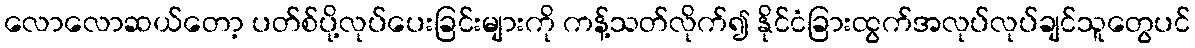
လောလောဆယ်တော့ ပတ်စ်ပို့လုပ်ပေးခြင်းများကို ကန့်သတ်လိုက်၍ နိုင်ငံခြားထွက်အလုပ်လုပ်ချင်သူတွေပင်